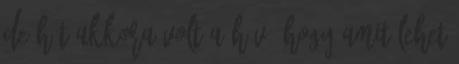
De hát akkora volt a hév, hogy amit lehet